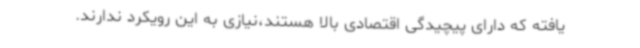
یافته که دارای پیچیدگی اقتصادی بالا هستند،نیازی به این رویکرد ندارند.